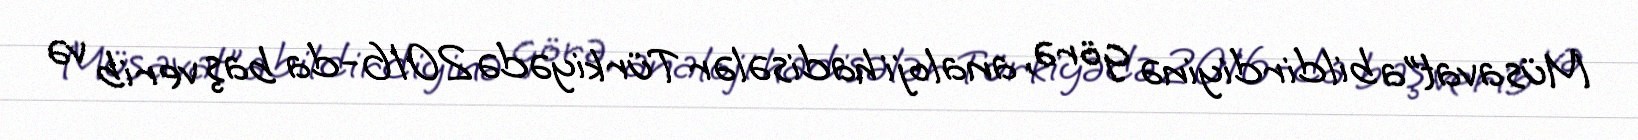
Müsavat”a bildirdiyinə görə, analoji hadisələr Türkiyədə 2016-da baş verib və